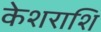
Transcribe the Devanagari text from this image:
केशराशि